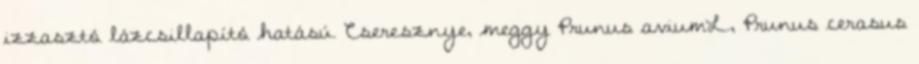
izzasztó lázcsillapító hatású. Cseresznye, meggy Prunus aviumL., Prunus cerasus